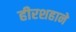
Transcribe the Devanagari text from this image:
हीरशहाने